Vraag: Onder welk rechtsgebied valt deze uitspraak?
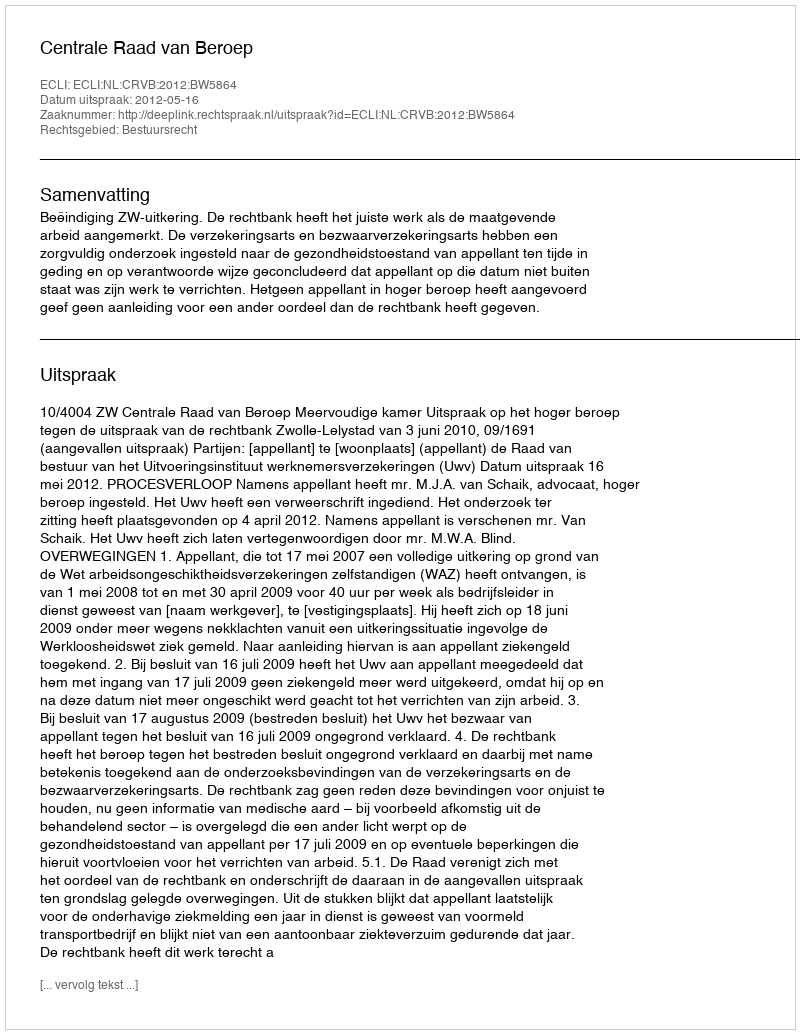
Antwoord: Bestuursrecht